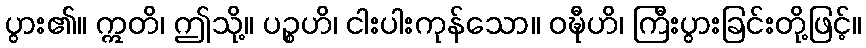
ပွား၏။ ဣတိ၊ ဤသို့။ ပဉ္စဟိ၊ ငါးပါးကုန်သော။ ဝဍ္ဎီဟိ၊ ကြီးပွားခြင်းတို့ဖြင့်။